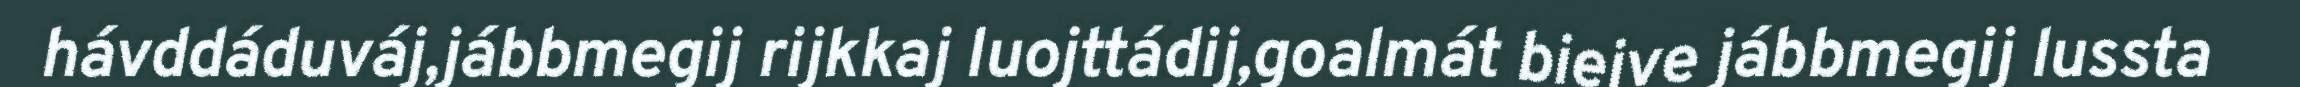
hávddáduváj,jábbmegij rijkkaj luojttádij,goalmát biejve jábbmegij lussta